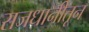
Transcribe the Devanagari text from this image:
राजधानीतून